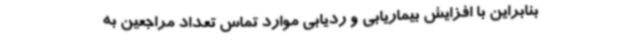
بنابراین با افزایش بیماریابی و ردیابی موارد تماس تعداد مراجعین به